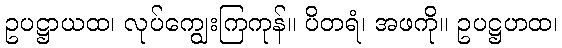
ဥပဋ္ဌာယထ၊ လုပ်ကျွေးကြကုန်။ ပိတရံ၊ အဖကို။ ဥပဋ္ဌဟထ၊